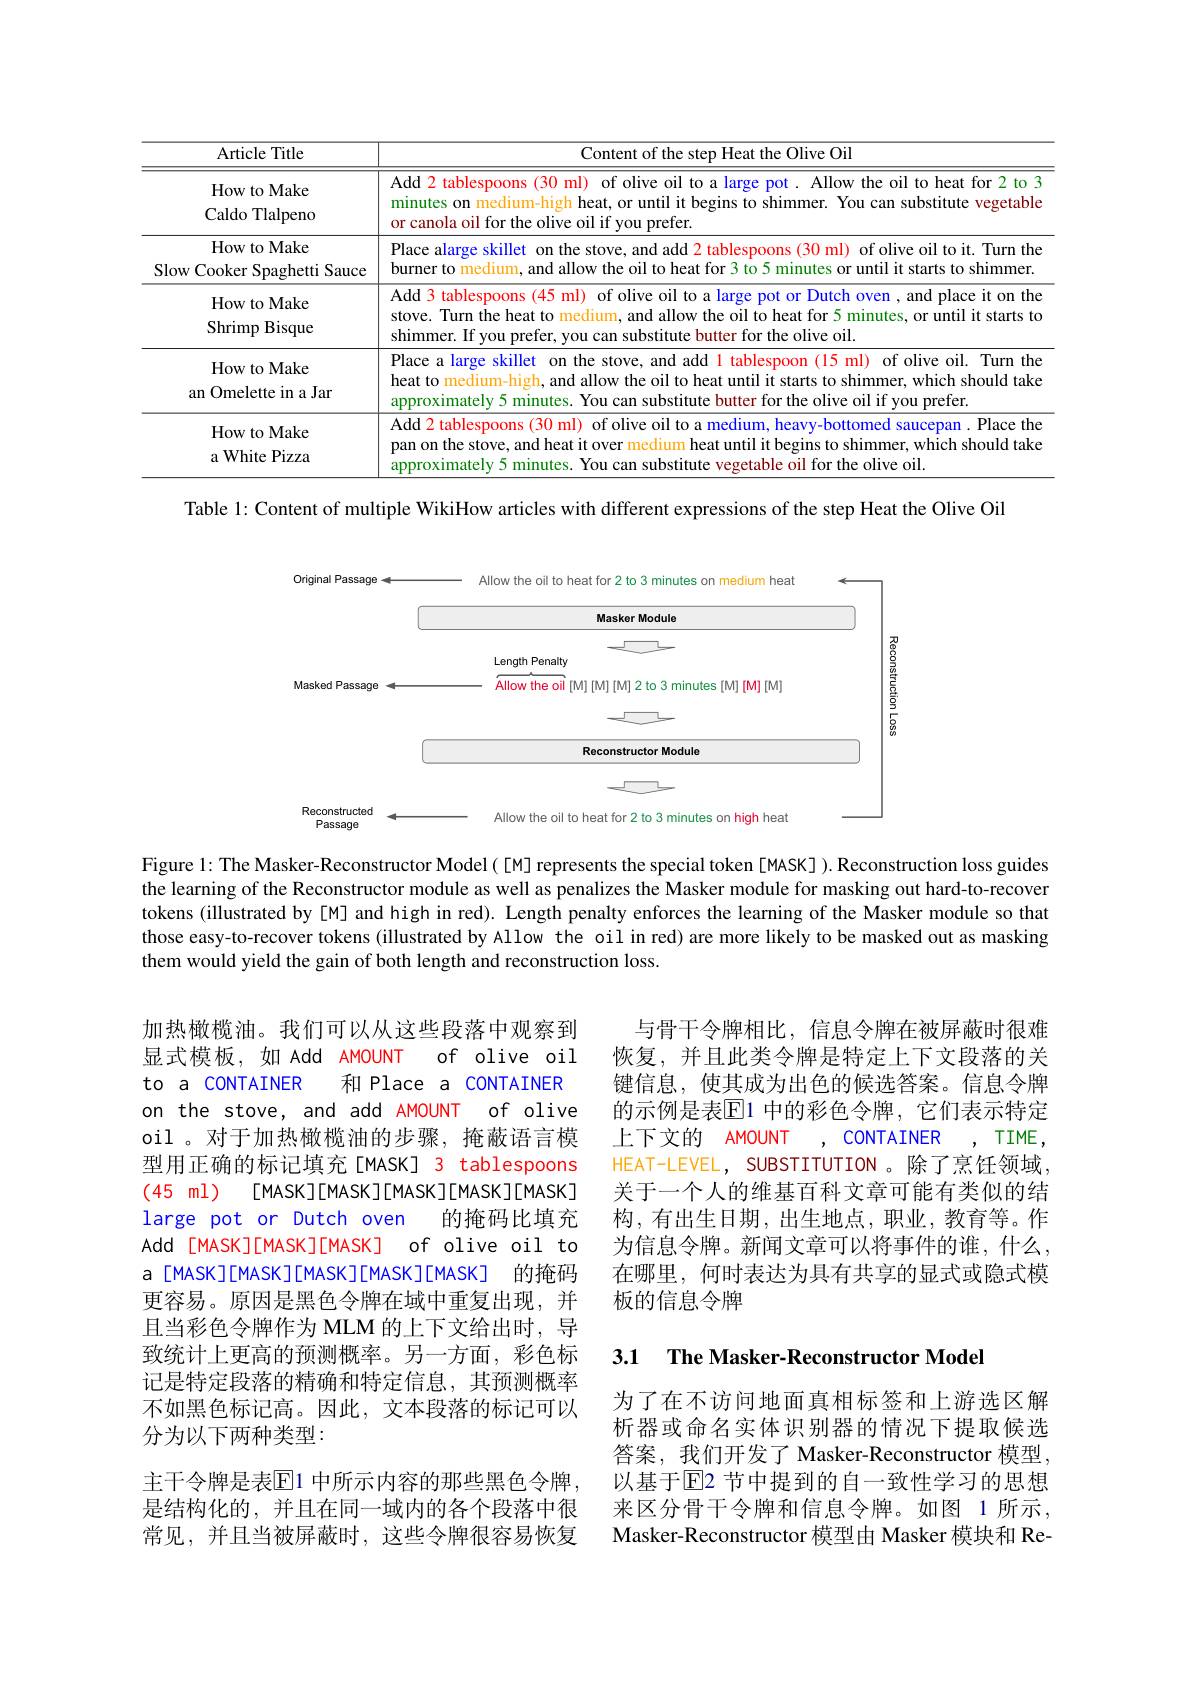
<table>
	<tbody>
		<tr>
			<th>Article Title</th>
			<th>Content of the step Heat the Olive Oil</th>
		</tr>
		<tr>
			<td>How to Make Caldo Tlalpenc</td>
			<td>Add 2 tablespoons (30 ml) ) of olive oil to a large pot. Allow the oil to heat for 2 to 3 minutes on medium-high heat, or until it begins to shimmer. You can substitute vegetable or canola oil for the olive oil if you prefer.</td>
		</tr>
		<tr>
			<td>How to Make Slow Cooker Spaghetti i Sauce</td>
			<td>Place alarge skillet on the stove, and add 2 tablespoons (30 ml) of olive oil to it. Turn the burner to medium, and allow the oil to heat for 3 to 5 minutes or until it starts to shimmer.</td>
		</tr>
		<tr>
			<td>How to Make Shrimp Bisque</td>
			<td>Add 3 tablespoons (45 ml) of olive oil to a large pot or Dutch oven , and place it on the stove. Turn the heat to medium, and allow the oil to heat for 5 minutes, or until it starts to shimmer. If you prefer, you can substitute butter for the olive oil</td>
		</tr>
		<tr>
			<td>How to Make an Omelette in a Jar</td>
			<td>Place a large skillet $\therefore$ on the stove, and add l tablespoon (15 ml) of olive oil. Turn the heat to medium-high, and allow the oil to heat until it starts to shimmer, which should take annroximate minutes. You can substitute butter for the olive oil if you prefer</td>
		</tr>
		<tr>
			<td>How to Make a White Pizza</td>
			<td>Add 2 tablespoons (30 ml) of olive oil to a medium, heavy-bottomed saucepan $\textbf{1. Place the}$ pan on the stove, and heat it over medium heat until it begins to shimmer, which should take annroyımatelu 5 minutes. You can substitute vegetable oil for the olive oil.</td>
		</tr>
	</tbody>
</table>

Table 1: Content of multiple WikiHow articles with different expressions of the step Heat the Olive Oil

<FigureHere>

Figure 1: The Masker-Reconstructor Model([M] represents the special token [MASK]). Reconstruction loss guides the learning of the Reconstructor module as well as penalizes the Masker module for masking out hard-to-recover tokens (illustrated by[M] and high in red). Length penalty enforces the learning of the Masker module so that those easy-to-recover tokens (illustrated by Allow the oil in red) are more likely to be masked out as masking them would yield the gain of both length and reconstruction loss.

与骨干令牌相比，信息令牌在被屏蔽时很难恢复，并且此类令牌是特定上下文段落的关键信息，使其成为出色的候选答案。信息令牌的示例是表$\overline{\mathbb{E}}$1 中的彩色令牌，它们表示特定上下文的 AMOUNT , CONTAINER , TIME, HEAT-LEVEL, SUBSTITUTION。除了烹饪领域关于一个人的维基百科文章可能有类似的结构，有出生日期，出生地点，职业，教育等。作为信息令牌。新闻文章可以将事件的谁，什么， 在哪里，何时表达为具有共享的显式或隐式模板的信息令牌

加热橄榄油。我们可以从这些段落中观察到
显式模板，如 Add AMOUNT
of olive oil
to a coNTAINER
和 Place a CONTAINER
on the stove, and add AMOUNT of olive oil 。对于加热橄榄油的步骤，掩蔽语言模型用正确的标记填充[MASK] 3 tablespoons (45 ml) [MASK][MASK][MASK][MASK][MASK]
的掩码比填充
large pot or Dutch oven
of olive oil to
Add [MASK][MASK][MASK]
a [MASK][MASK][MASK][MASK]
的掩码
更容易。原因是黑色令牌在域中重复出现，并且当彩色令牌作为 MLM 的上下文给出时，导致统计上更高的预测概率。另一方面，彩色标记是特定段落的精确和特定信息，其预测概率不如黑色标记高。因此，文本段落的标记可以分为以下两种类型：
主干令牌是表$\overline{\mathrm{E}}$1 中所示内容的那些黑色令牌是结构化的，并且在同一域内的各个段落中很常见，并且当被屏蔽时，这些令牌很容易恢复

3.1 The Masker-Reconstructor Mode

为了在不访问地面真相标签和上游选区解析器或命名实体识别器的情况下提取候选答案，我们开发了 Masker-Reconstructor 模型以基于$\overline{\mathrm{E}}$2 节中提到的自一致性学习的思想来区分骨干令牌和信息令牌。如图 1 所示， Masker-Reconstructor 模型由 Masker 模块和 Re-